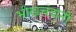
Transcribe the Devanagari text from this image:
भीखचंदानी